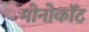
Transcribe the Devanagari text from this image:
मोनोकॉट